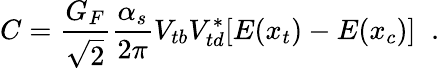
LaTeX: C=\frac{G_{F}}{\sqrt{2}}\frac{\alpha_{s}}{2\pi}V_{tb}V_{td}^{*}[E(x_{t})-E(x_{c})]\; \; .